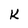
Character: K